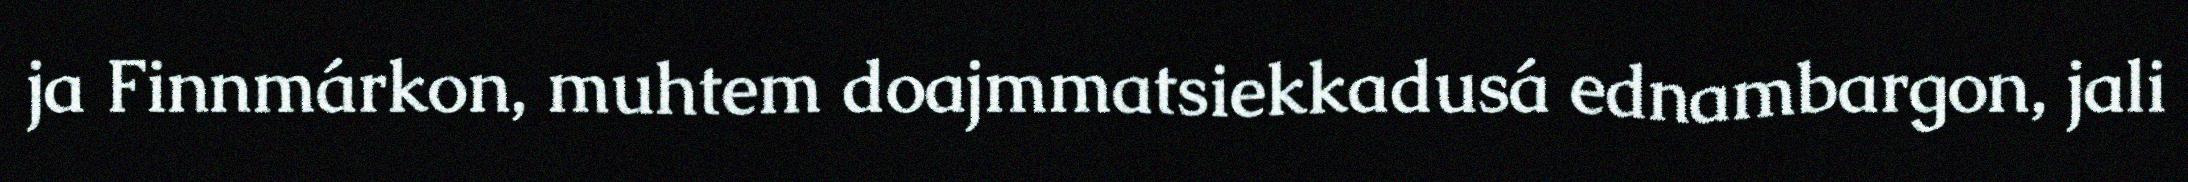
ja Finnmárkon, muhtem doajmmatsiekkadusá ednambargon, jali